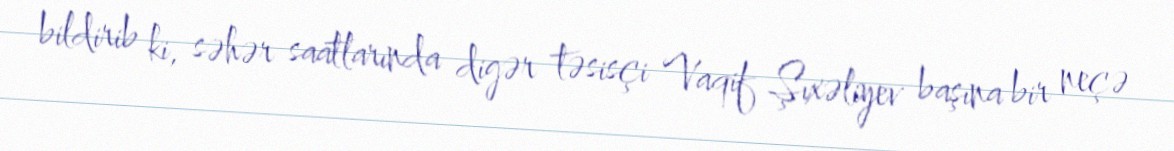
bildirib ki, səhər saatlarında digər təsisçi Vaqif Şıxəliyev başına bir neçə